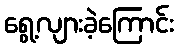
ရွေ့လျားခဲ့ကြောင်း